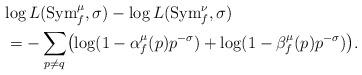
LaTeX: \begin{align*}\lefteqn{\log L({\rm Sym}_f^{\mu},\sigma)-\log L({\rm Sym}_f^{\nu},\sigma)}\\&=-\sum_{p\neq q}\bigl(\log(1-\alpha_f^{\mu}(p)p^{-\sigma})+\log(1-\beta_f^{\mu}(p)p^{-\sigma})\bigr).\end{align*}